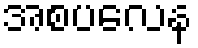
အစပလေန